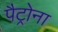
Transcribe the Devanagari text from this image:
पैट्रोना